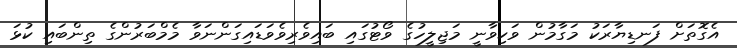
އެގޮތަށް ފަނޑިޔާރަކު މަގާމުން ވަކިވާނީ މަޖިލީހުގެ ވޯޓުގައި ބައިވެރިވެވަޑައިގަންނަވާ މެމްބަރުންގެ ތިންބައި ކުޅަ